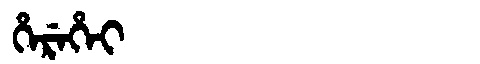
Manchu: ᡥᡝᡵᡝᡥᡝᡳ
Romanization: HEREHEI